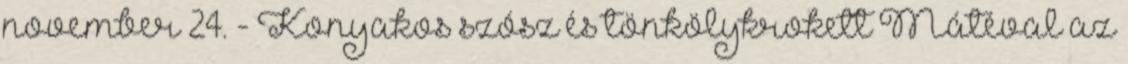
november 24. - Konyakos szósz és tönkölykrokett Mátéval az